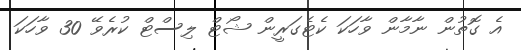
އެ ގޮތުން ނާމާން ވާހަކަ ކެޓެގަރީން ޝޯޓް ލިސްޓް ކުރެވޭ 30 ވާހަކަ